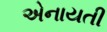
એનાયતી